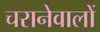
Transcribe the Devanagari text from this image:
चरानेवालों